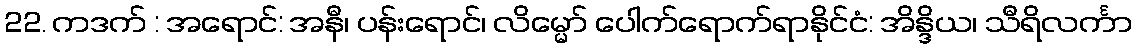
22. ကဒက် : အရောင်: အနီ၊ ပန်းရောင်၊ လိမ္မော် ပေါက်ရောက်ရာနိုင်ငံ: အိန္ဒိယ၊ သီရိလင်္ကာ